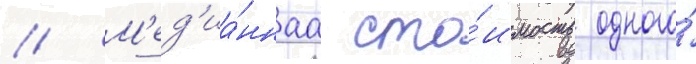
// М'ед'иа́ннаа сто́имость одного́